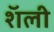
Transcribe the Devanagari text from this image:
शॅली